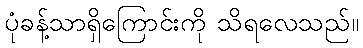
ပုံခန့်သာရှိကြောင်းကို သိရလေသည်။